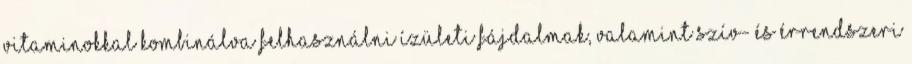
vitaminokkal kombinálva felhasználni ízületi fájdalmak, valamint szív- és érrendszeri